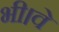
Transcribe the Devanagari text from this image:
भी।वे